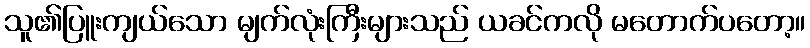
သူ၏ပြူးကျယ်သော မျက်လုံးကြီးများသည် ယခင်ကလို မတောက်ပတော့။